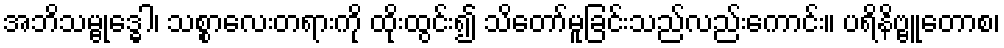
အဘိသမ္ဗုဒ္ဓေါ၊ သစ္စာလေးတရားကို ထိုးထွင်း၍ သိတော်မူခြင်းသည်လည်းကောင်း။ ပရိနိဗ္ဗူတောစ၊